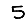
Digit: 5